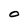
Character: O